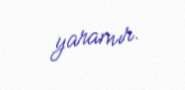
yaramır.